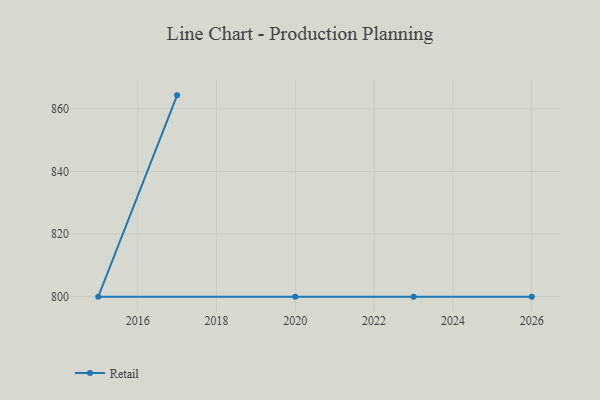
{"axis": {"x": "Year", "y": "Backlog"}, "legend": ["Retail"], "data": [{"x": "2017", "y": 864.3, "type": "Retail"}, {"x": "2015", "y": 800, "type": "Retail"}, {"x": "2023", "y": 800, "type": "Retail"}, {"x": "2026", "y": 800, "type": "Retail"}, {"x": "2020", "y": 800, "type": "Retail"}]}